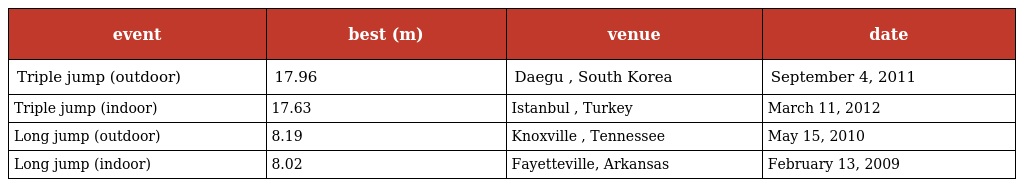
| event | best (m) | venue | date |
 | --- | --- | --- | --- |
 | Triple jump (outdoor) | 17.96 | Daegu , South Korea | September 4, 2011 |
 | Triple jump (indoor) | 17.63 | Istanbul , Turkey | March 11, 2012 |
 | Long jump (outdoor) | 8.19 | Knoxville , Tennessee | May 15, 2010 |
 | Long jump (indoor) | 8.02 | Fayetteville, Arkansas | February 13, 2009 |